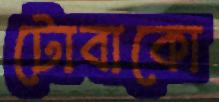
টোবাকো